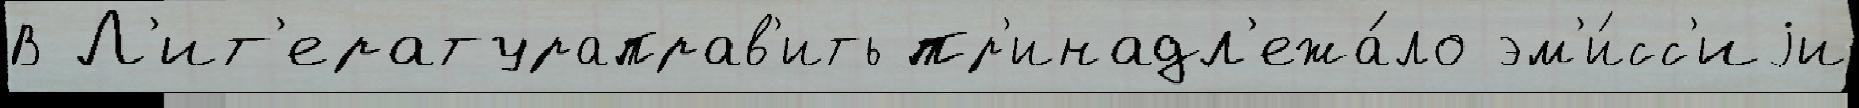
В Л'ит'ератураправ'ить пр'инадл'ежа́ло эм'и́сс'иjи